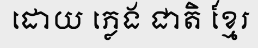
ដោយ ភ្លេង ជាតិ ខ្មែរ